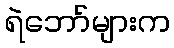
ရဲဘော်များက